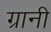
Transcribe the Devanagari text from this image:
ग्रानी